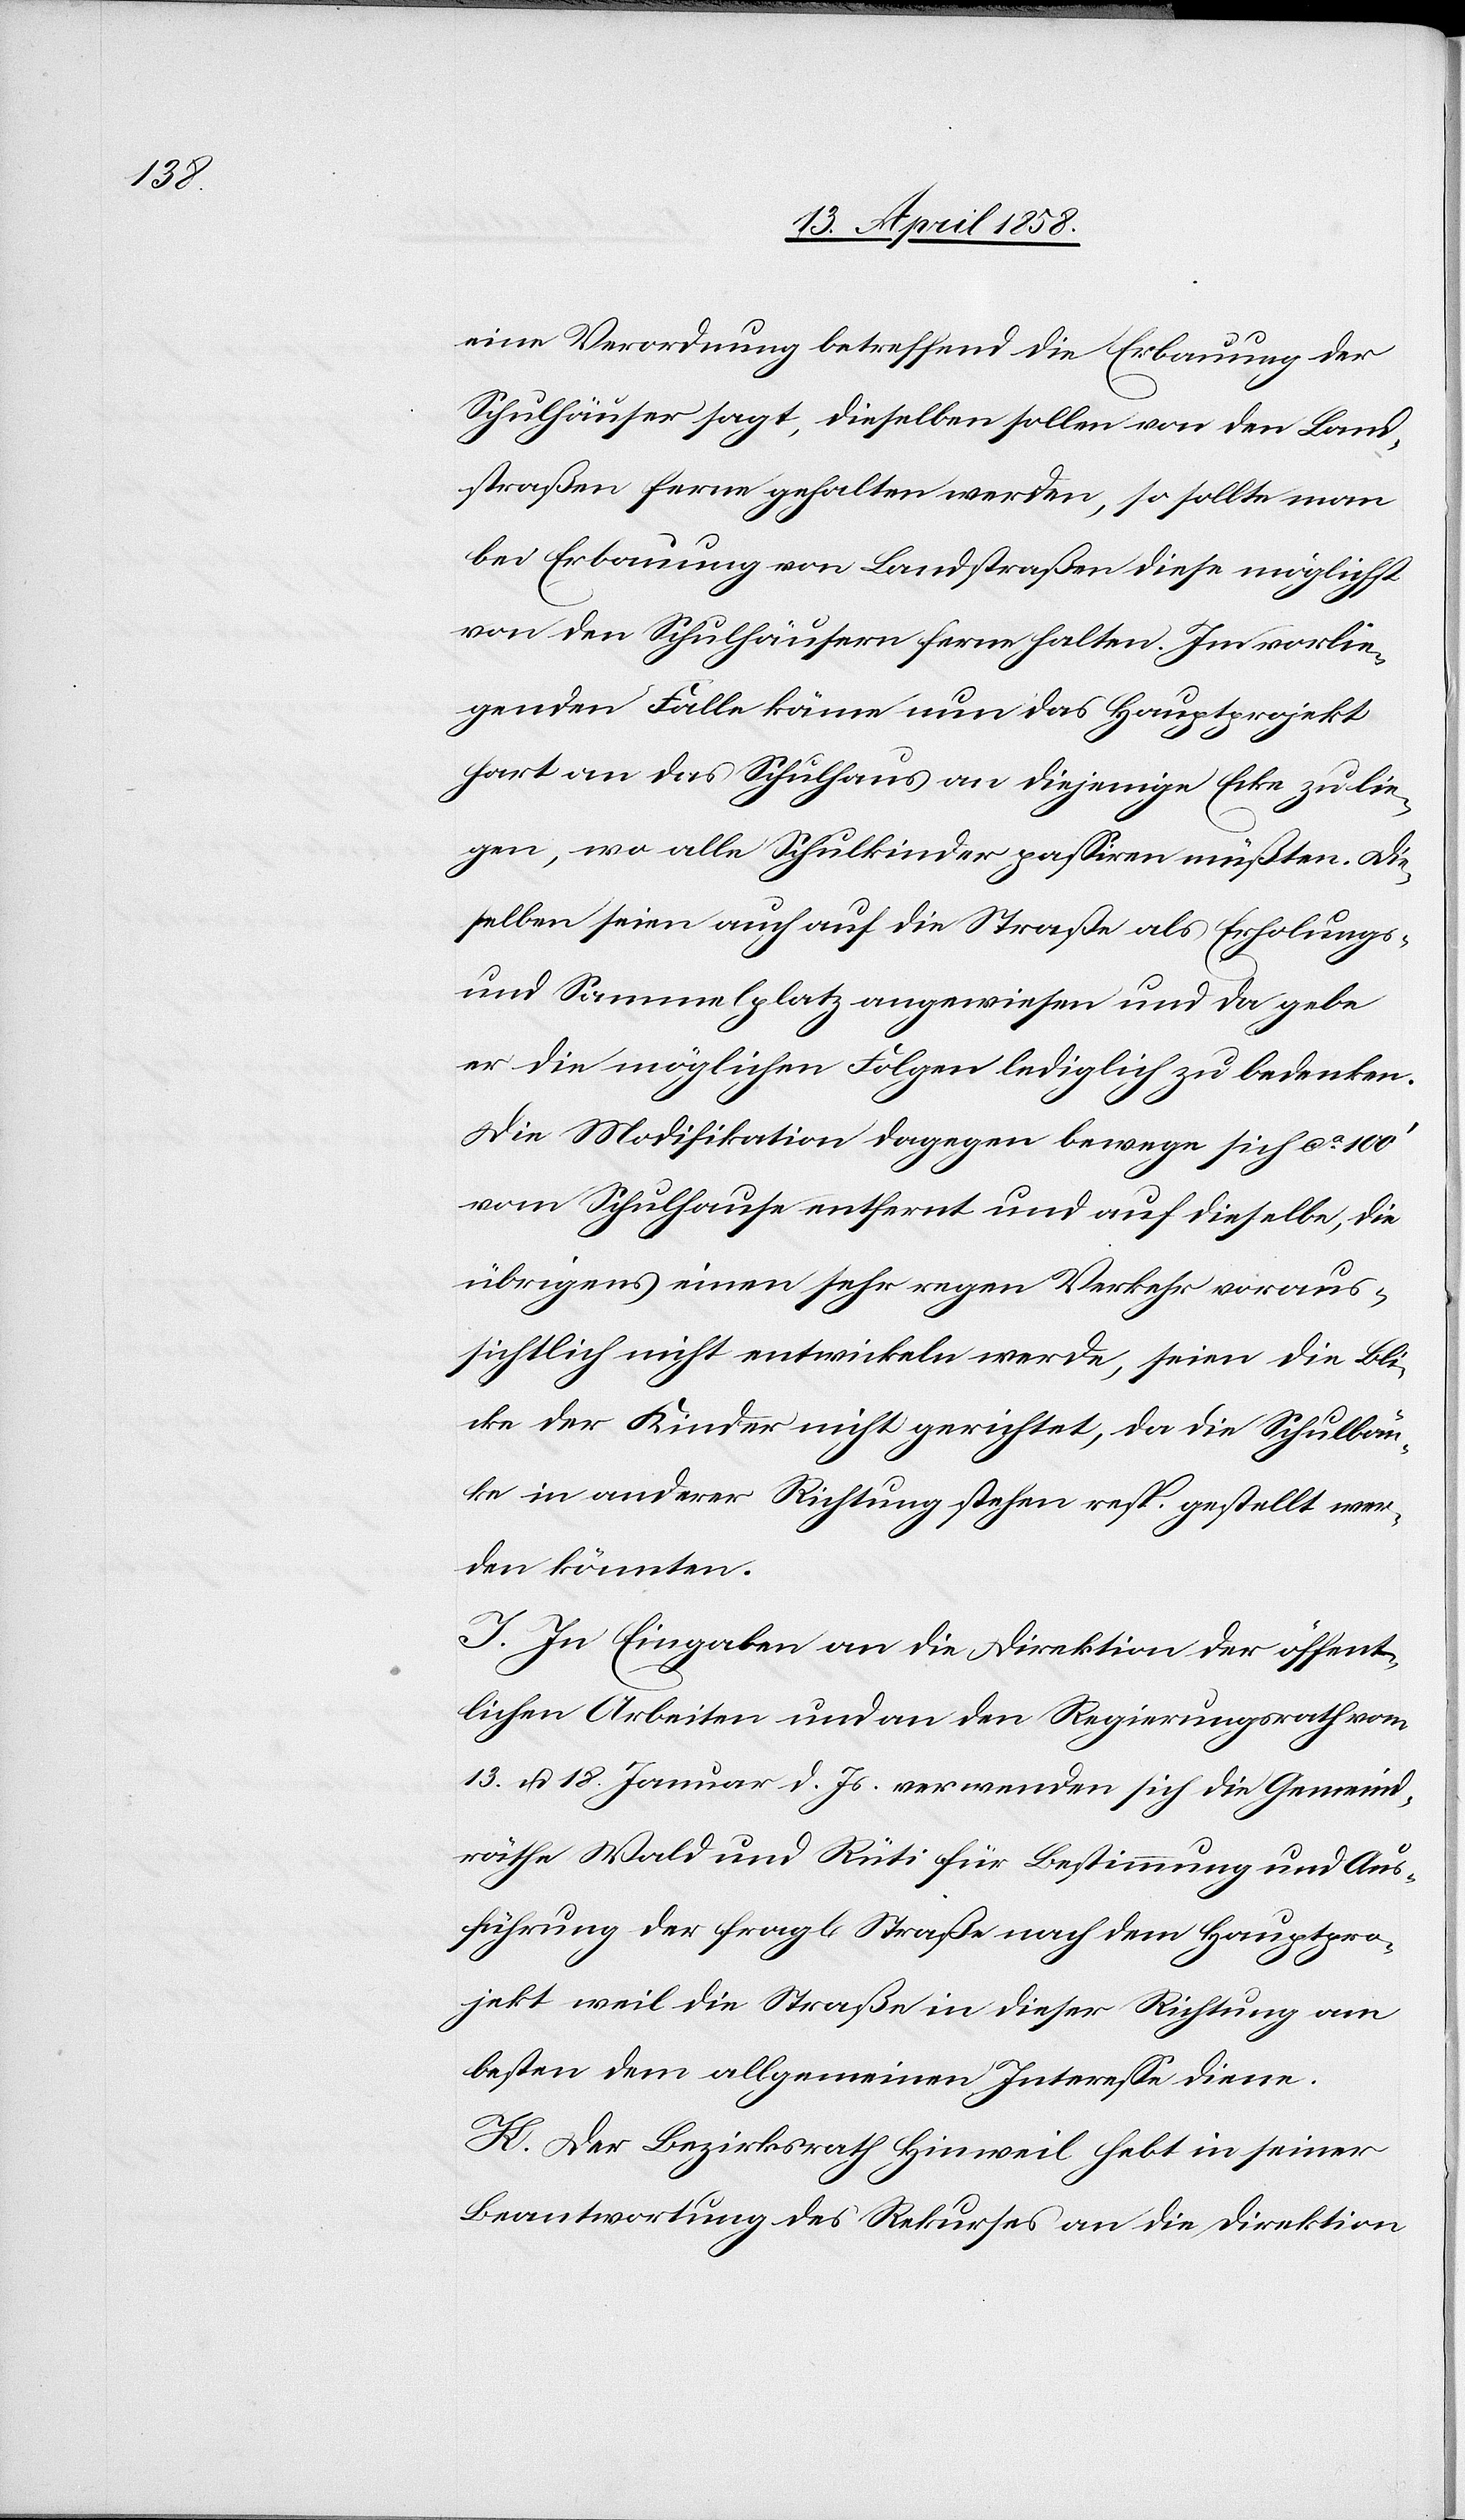
eine Verordnung betreffend die Erbauung der
Schulhäuser sagt, dieselben sollen von den Land¬
straßen ferne gehalten werden, so sollte man
bei Erbauung von Landstraßen diese möglichst
von den Schulhäusern ferne halten. Im vorlie¬
genden Falle käme nun das Hauptprojekt
hart an das Schulhaus an diejenige Ecke zu lie¬
gen, wo alle Schulkinder passiren müßten. Die¬
selben seien auch auf die Straße als Erholungs-
und Sammelplatz angewiesen und da gebe
er die möglichen Folgen lediglich zu bedenken.
Die Modifikation dagegen bewege sich ca 100’
vom Schulhause entfernt und auf dieselbe, die
übrigens einen sehr regen Verkehr voraus¬
sichtlich nicht entwickeln werde, seien die Bli¬
cke der Kinder nicht gerichtet, da die Schulbän¬
ke in anderer Richtung stehen resp. gestellt wer¬
den könnten.
J. In Eingaben an die Direktion der öffent¬
lichen Arbeiten und an den Regierungsrath vom
13. u. 18. Januar d. Js. verwenden sich die Gemeind¬
räthe Wald und Rüti für Bestimmung und Aus¬
führung der frag[lichen] Straße nach dem Hauptpro¬
jekt weil die Straße in dieser Richtung am
besten dem allgemeinen Interesse diene.
H. Der Bezirksrath Hinweil hebt in seiner
Beantwortung des Rekurses an die Direktion